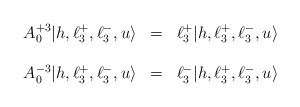
\begin{align*}\begin{array}{lll}A^{+3}_{0}|h,\ell^{+}_{3},\ell^{-}_{3},u \rangle & = & \ell^{+}_{3} |h,\ell^{+}_{3},\ell^{-}_{3},u \rangle \\ \ & \ \\A^{-3}_{0}|h,\ell^{+}_{3},\ell^{-}_{3},u \rangle & = & \ell^{-}_{3} |h,\ell^{+}_{3},\ell^{-}_{3},u \rangle\end{array}\end{align*}